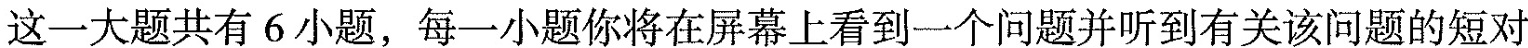
这一大题共有 6小题, 每一小题你将在屏幕上看到一个问题并听到有关该问题的短对